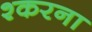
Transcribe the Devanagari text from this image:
श्करना